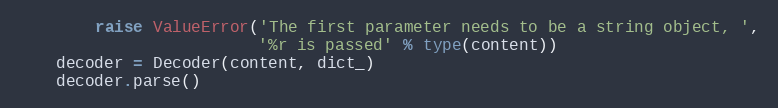
Language: Python
        raise ValueError('The first parameter needs to be a string object, ',
                         '%r is passed' % type(content))
    decoder = Decoder(content, dict_)
    decoder.parse()